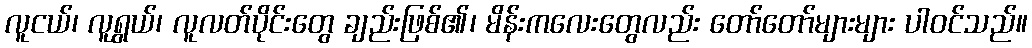
လူငယ်၊ လူရွယ်၊ လူလတ်ပိုင်းတွေ ချည်းဖြစ်၏၊ မိန်းကလေးတွေလည်း တော်တော်များများ ပါဝင်သည်။